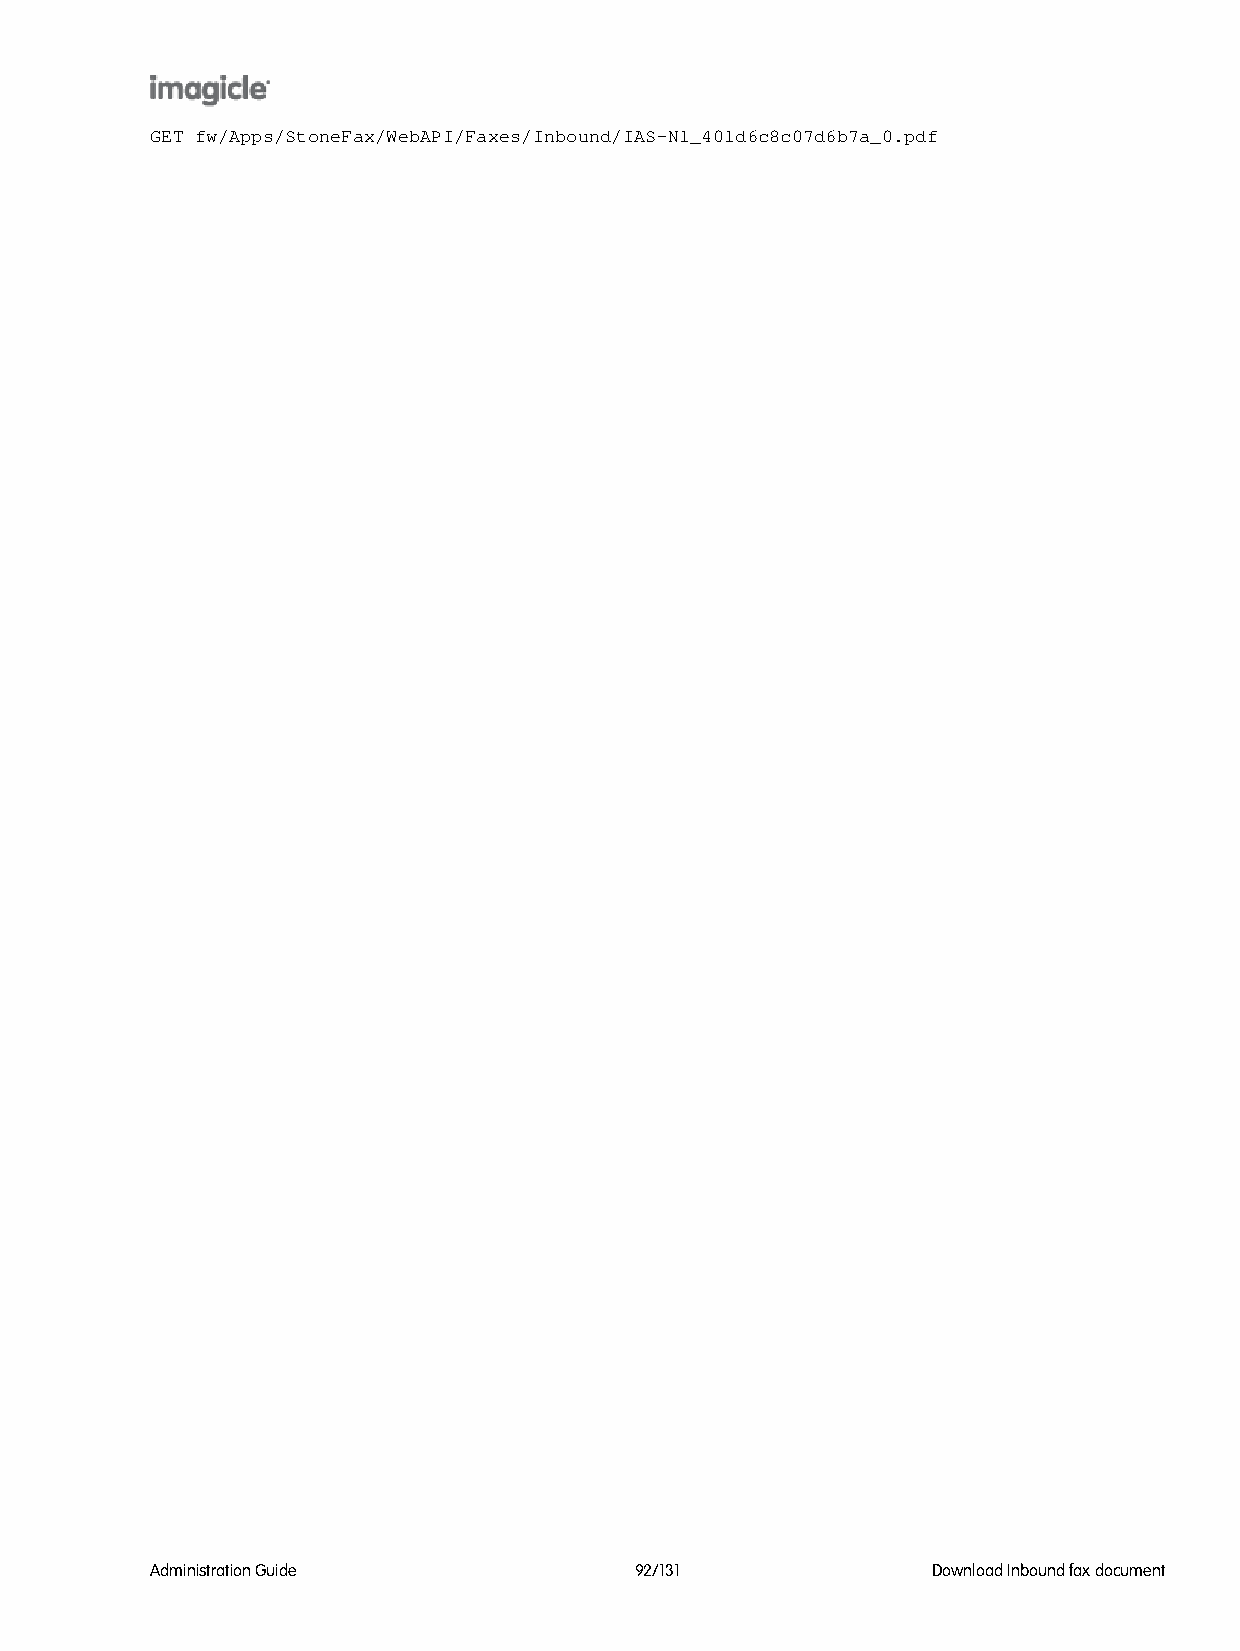
GET fw/Apps/StoneFax/WebAPI/Faxes/Inbound/IAS-N1_401d6c8c07d6b7a_0.pdf
 Administration Guide            92/131              Download Inbound fax document